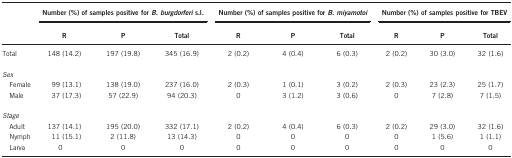
<table><thead><tr><td><b> </b></td><td colspan="3"><b>Number (%) of samples positive for<i>B. burgdorferi</i>s.l.</b></td><td colspan="3"><b>Number (%) of samples positive for<i>B. miyamotoi</i></b></td><td colspan="3"><b>Number (%) of samples positive for TBEV</b></td></tr><tr><td><b> </b></td><td><b>R</b></td><td><b>P</b></td><td><b>Total</b></td><td><b>R</b></td><td><b>P</b></td><td><b>Total</b></td><td><b>R</b></td><td><b>P</b></td><td><b>Total</b></td></tr></thead><tbody><tr><td>Total</td><td>148 (14.2)</td><td>197 (19.8)</td><td>345 (16.9)</td><td>2 (0.2)</td><td>4 (0.4)</td><td>6 (0.3)</td><td>2 (0.2)</td><td>30 (3.0)</td><td>32 (1.6)</td></tr><tr><td colspan="10"> </td></tr><tr><td colspan="10"><i>Sex</i></td></tr><tr><td> Female</td><td>99 (13.1)</td><td>138 (19.0)</td><td>237 (16.0)</td><td>2 (0.3)</td><td>1 (0.1)</td><td>3 (0.2)</td><td>2 (0.3)</td><td>23 (2.3)</td><td>25 (1.7)</td></tr><tr><td> Male</td><td>37 (17.3)</td><td>57 (22.9)</td><td>94 (20.3)</td><td>0</td><td>3 (1.2)</td><td>3 (0.6)</td><td>0</td><td>7 (2.8)</td><td>7 (1.5)</td></tr><tr><td colspan="10"> </td></tr><tr><td colspan="10"><i>Stage</i></td></tr><tr><td> Adult</td><td>137 (14.1)</td><td>195 (20.0)</td><td>332 (17.1)</td><td>2 (0.2)</td><td>4 (0.4)</td><td>6 (0.3)</td><td>2 (0.2)</td><td>29 (3.0)</td><td>32 (1.6)</td></tr><tr><td> Nymph</td><td>11 (15.1)</td><td>2 (11.8)</td><td>13 (14.3)</td><td>0</td><td>0</td><td>0</td><td>0</td><td>1 (5.6)</td><td>1 (1.1)</td></tr><tr><td> Larva</td><td>0</td><td>0</td><td>0</td><td>0</td><td>0</td><td>0</td><td>0</td><td>0</td><td>0</td></tr></tbody></table>